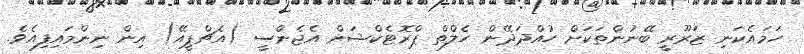
ހަމައެކަނި ޒަރޫރީ ބޭނުންތަކަށް ހުއްދަދޭން ހެލްތް ޕްރޮޓެކްޝަން އެޖެންސީ (އެޗްޕީއޭ) އިން ނިންމައިފިއެވެ.